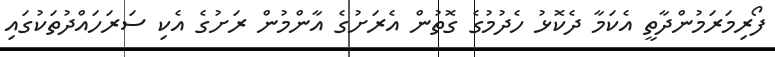
ފޯރިމަރަމުންދާތީ އެކަމާ ދެކޮޅު ހެދުމުގެ ގޮތުން އެރަށުގެ އާންމުން ރަށުގެ އެކި ސަރަހައްދުތަކުގައި